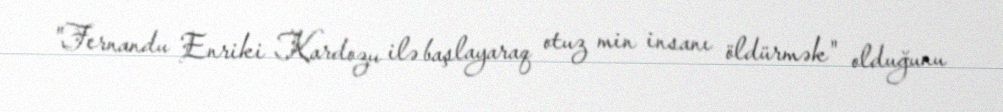
"Fernandu Enriki Kardozu ilə başlayaraq otuz min insanı öldürmək" olduğunu